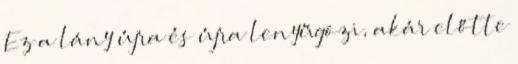
Ez a lány újra és újra lenyűgözi, akár előtte